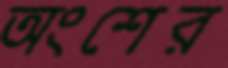
অংশের